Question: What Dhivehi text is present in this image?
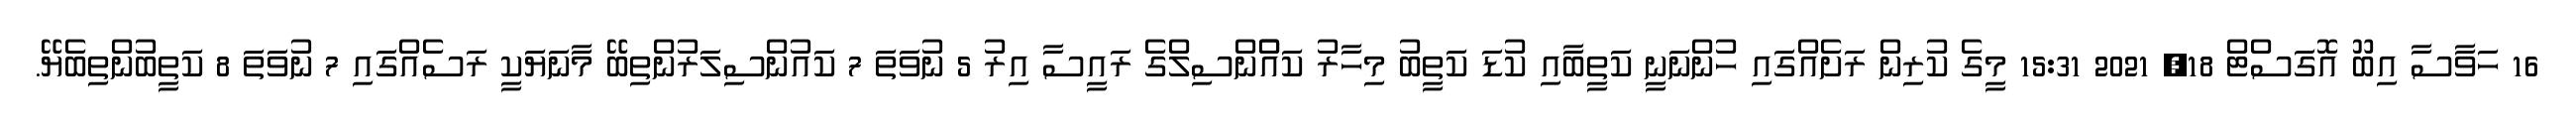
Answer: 16 ހަވާސާ އިބޫ އޮގަސްޓް 18, 2021 15:31 މީގެ ކުރިން ރަށެއްގައި ހުންނަނީ ކަތީބާއި ކުޑަ ކަތީބު މިހާރު ކައުްންސިލްގެ ރައީސާ އިރު 5 ނުވަތަ 7 ކައުންސިލަރުންތިބޭ މާނަޔަކީ ރަސެއްގައި 7 ނުވަތަ 8 ކަތީބުންތިބެޔޭ.